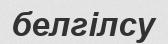
белгілсу